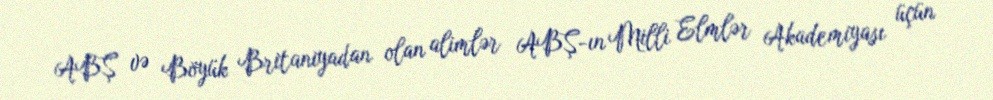
ABŞ və Böyük Britaniyadan olan alimlər ABŞ-ın Milli Elmlər Akademiyası üçün